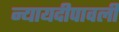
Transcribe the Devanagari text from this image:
न्यायदीपावली